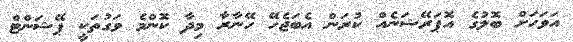
އަވަހަށް ބޮލުގެ އޮޕަރޭޝަނެއް ކުރަން އެބަޖެހޭ ހޭނާރާ މިދާ ކޮންމެ ވަގުތަކީ ޕޭޝަންޓް